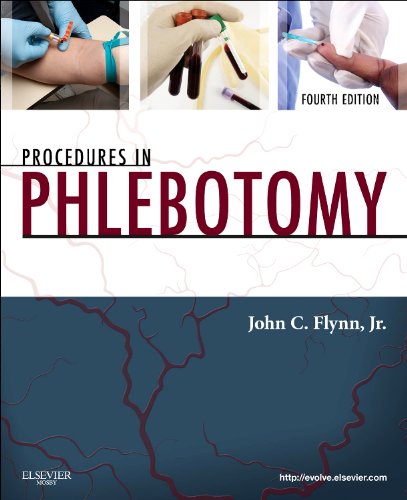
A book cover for Procedures in Phlebotomy, 4e; John C. Flynn Jr. PhD  MS  MT(ASCP)  SBB; Medical Books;